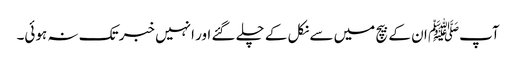
آپﷺ ان کے بیچ میں سے نکل کے چلے گئے اور انہیں خبر تک نہ ہوئی۔